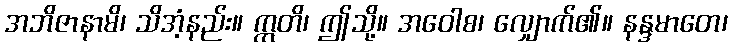
အဘိဇာနာမိ၊ သိအံ့နည်း။ ဣတိ၊ ဤသို့။ အဝေါစ၊ လျှောက်၏။ နန္ဒမာတေ၊